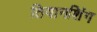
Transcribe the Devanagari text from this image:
तियानशिंग